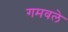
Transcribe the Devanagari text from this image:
गमवले